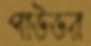
পাউডর